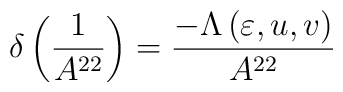
\delta \left( \frac{1}{A^{22}}\right) =\frac{-\Lambda \left( \varepsilon,u,v\right) }{A^{22}}